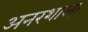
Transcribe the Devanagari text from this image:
अनरशाला